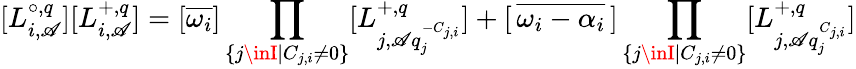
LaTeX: [L_{i,\mathscr{A}}^{\circ,q}][L_{i,\mathscr{A}}^{+,q}]=[\overline{{{\omega_{i}}}}]\prod_{\{ j\inI|C_{j,i}\neq0\} }[L_{j,\mathscr{A}q_{j}^{-C_{j,i}}}^{+,q}]+[\, \overline{{{\omega_{i}-\alpha_{i}}}}\, ]\prod_{\{ j\inI|C_{j,i}\neq0\} }[L_{j,\mathscr{A}q_{j}^{C_{j,i}}}^{+,q}]